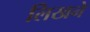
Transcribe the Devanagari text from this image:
लिखने